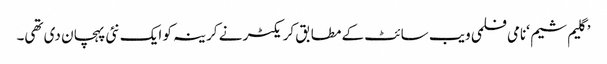
’گلیم شیم ‘نامی فلمی ویب سائٹ کے مطابق کریکٹر نے کرینہ کو ایک نئی پہچان دی تھی۔